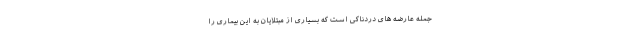
جمله عارضه های دردناکی است که بسیاری از مبتلایان به این بیماری را